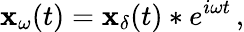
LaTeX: \mathbf{x}_{\omega}(t)=\mathbf{x}_{\delta}(t)*e^{i\omega t}\, ,